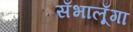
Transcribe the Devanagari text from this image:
सँभालूँगा